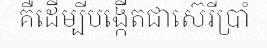
គឺដើម្បីបង្កើតជាស៊េរីប្រាំ